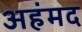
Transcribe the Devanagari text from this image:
अहंमद